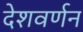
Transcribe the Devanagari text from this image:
देशवर्णन